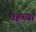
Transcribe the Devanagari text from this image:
तहच्या